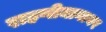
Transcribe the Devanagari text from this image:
राहणीमानावर